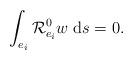
LaTeX: \begin{align*}\int_{e_i}\mathcal{R}^0_{e_i}w\;\mathrm{d}s=0.\end{align*}